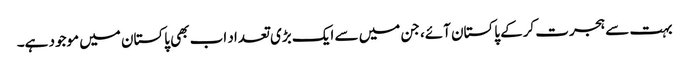
بہت سے ہجرت کرکے پاکستان آئے، جن میں سے ایک بڑی تعداد اب بھی پاکستان میں موجود ہے۔